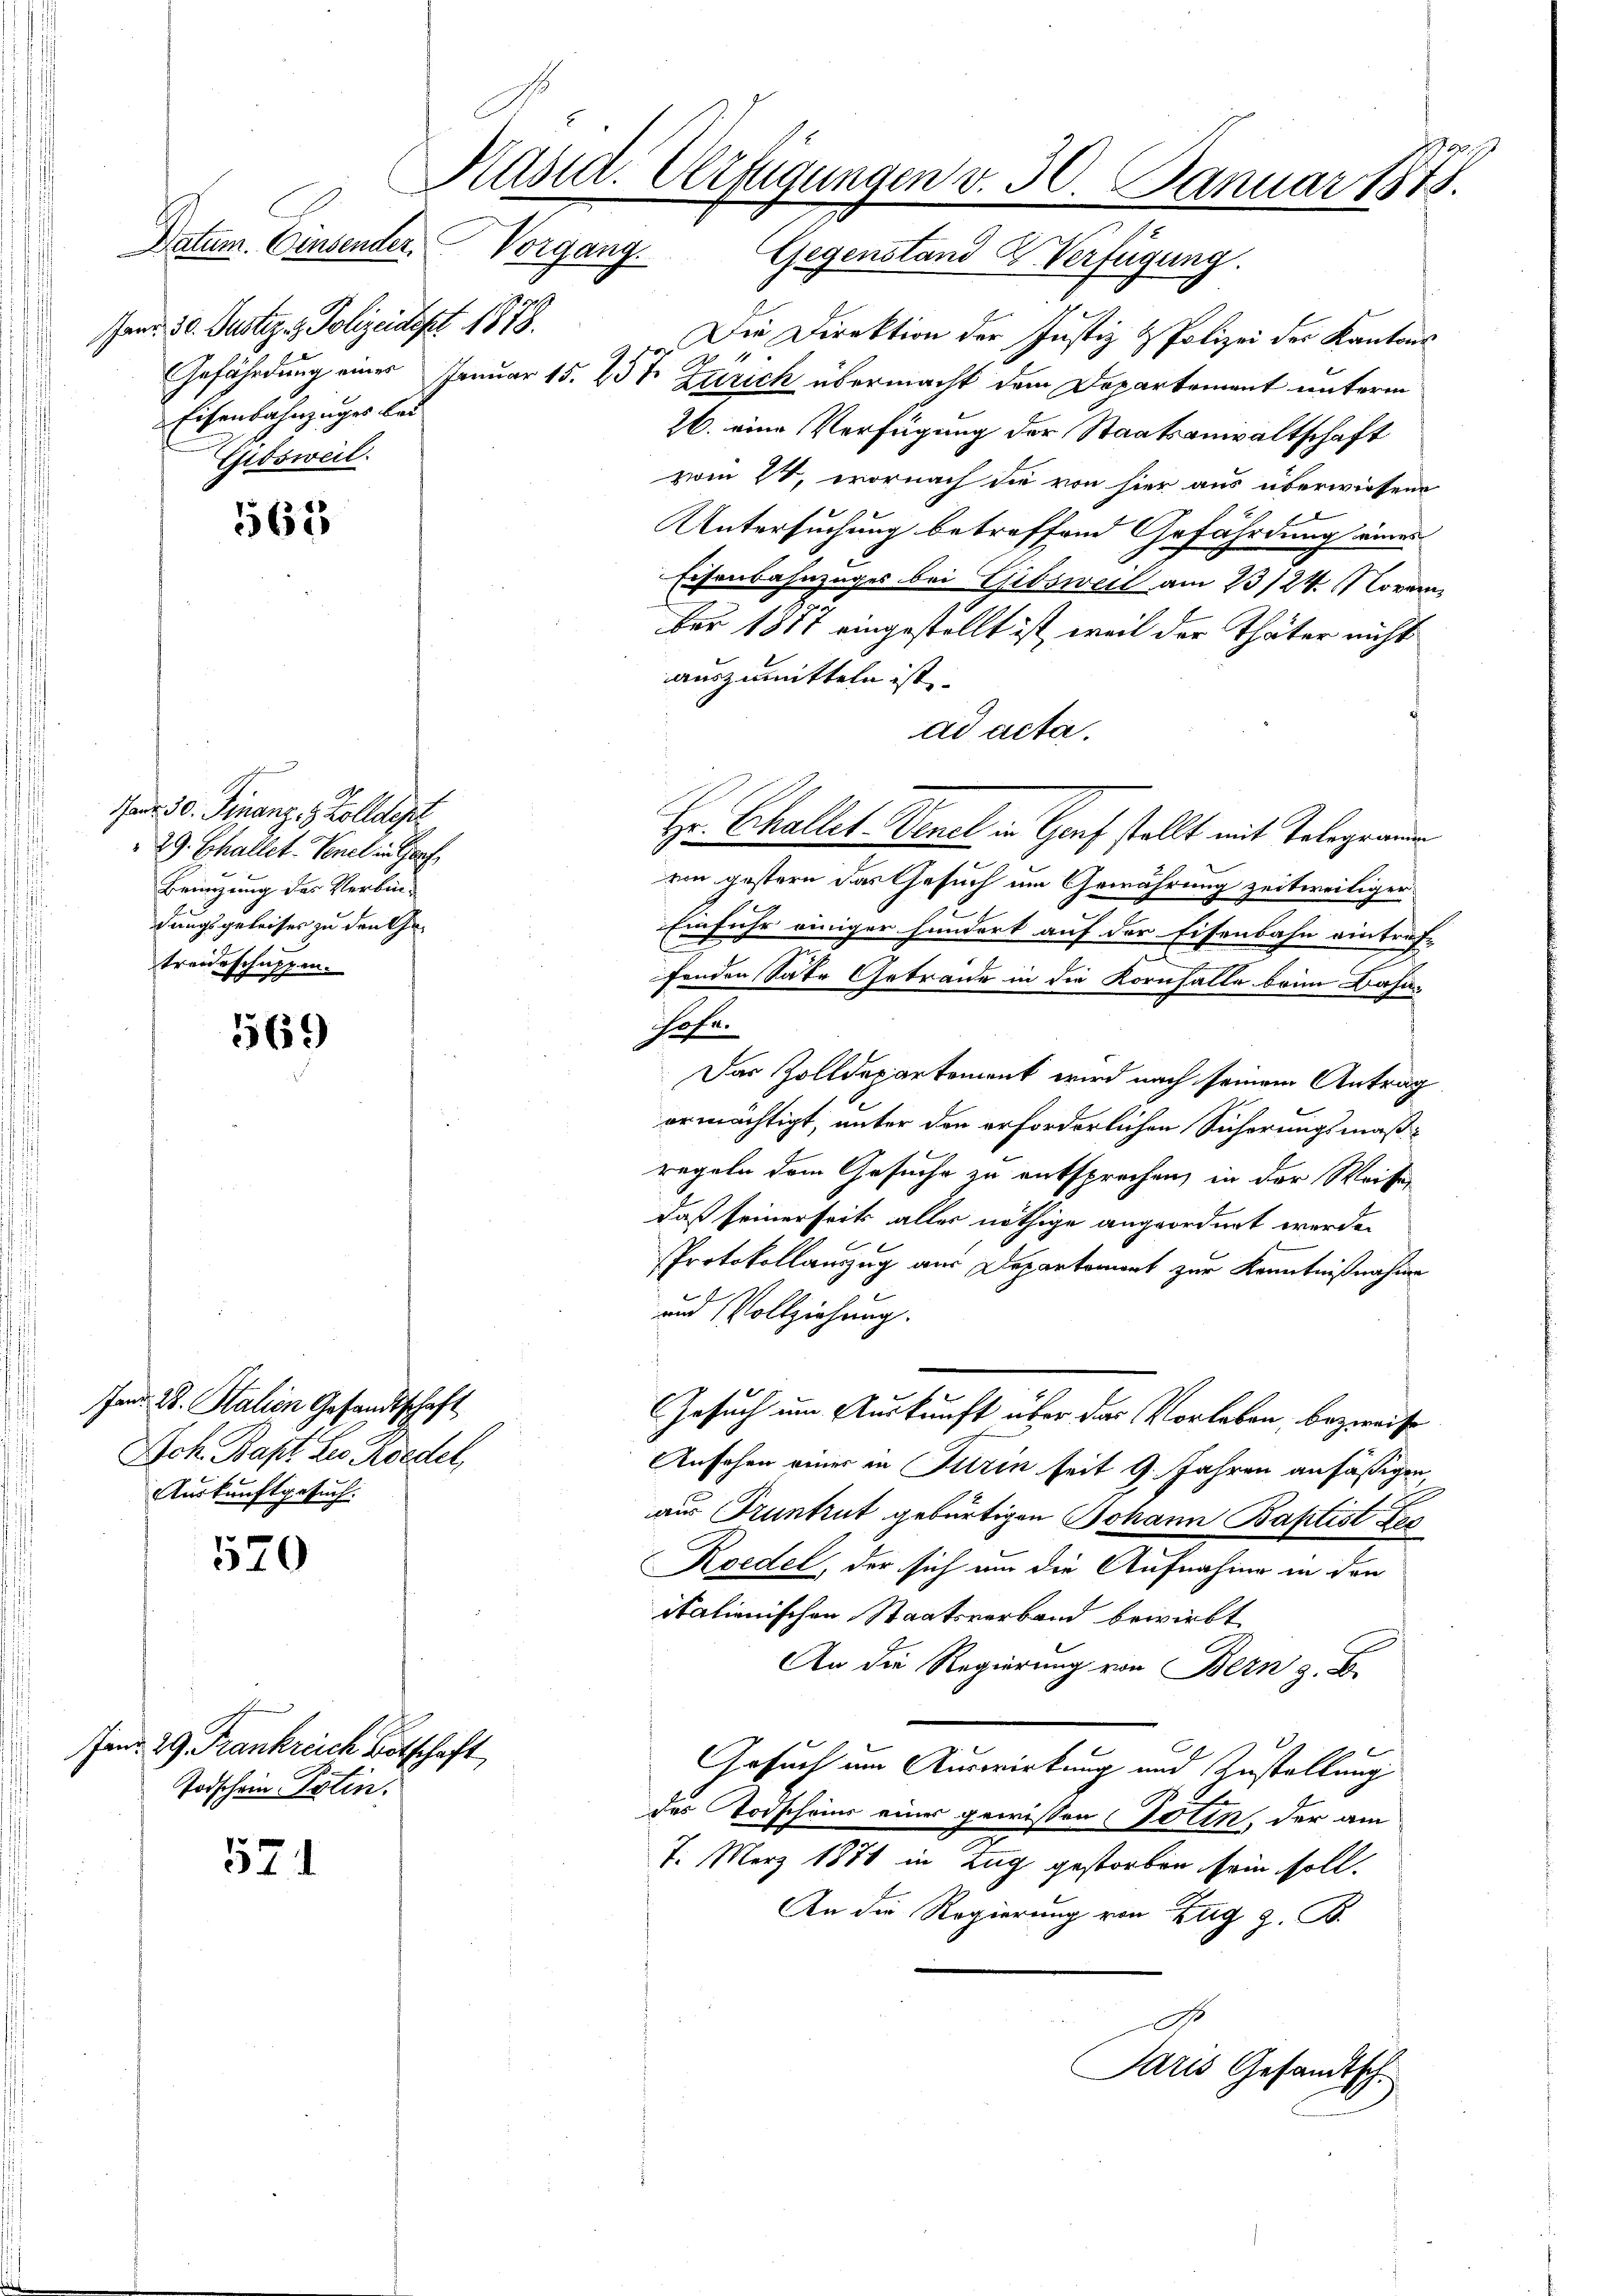
Kusid. Verfügungen v. 30. Januar 1878.
Datum. Einsender Vorgang. Gegenstand u. Verfügung.

u
Janr. 30. Justiz- & Polizeidept 1818.
Eisenbahnzuges bei
Gibsweil.

565

Jad. 30. Finanz, 1 Zolldept
29. Echallet. Venel in Graf
Bemigung des Verbin-
dungsgeleises zu den Getreideschuppen.

569

Jan. W. Salien Gesandtschaft
Ich. Bapt. des Riedel,
Auskunftgesuch:

570

Jenr 29. Frankreich Botschaft
Todschein Potin.

521

Die Direktion der Justiz & Polizei der Kantons
 11
Gefährdung eines Januar 15. 25 t Zürich übermacht dem Departement unterm
26. eine Verfügung der Staatsanwaltschaft
zi 24, wornach die von hier aus überwiesene
Untersuchung betreffend Gefährdung einer
Eisenbahnzuges bei Gibsweil am 23/24. November 1877 eingestellt ist, weil der Thäter nicht
auszumitteln ist
ad acta
von gestern das Gesuch um Gewährung zeitweiliger
Einfuhr einiger hundert auf der Eisenbahn einträf-
fenden Satz Getraide in die Kornfalle beim Bahnihofe.
Das Zolldepartement wird nach seinem Antrag
ermächtigt, unter den erforderlichen Sicherungsmäßregeln dem Gesuche zu entsprechen, in der Weiser
daß seinerseit alles nöthige angeordnet werde.
Protokollauszug aus Departamort zur Kenntnißnahme
und Vollziehung.
Gesuch um Auskunft über das Vorleben bezweife
Ansehen einer in Turin seit 9. Jahren ansäßigen,
aus Truntrut gebürtigen Johann Baptist Fes
Koedel, der sich um die Aufnahme in den
itationischen Staatsverband bewirkt
An die Regierung von Bern z. B.
Gesuch um Auswirkung und Zustellung
des Todschein eines gewissen Toten, der am
7. März 1871 in Zug gestorben sein soll.
An die Regierung von Zug z. B.
D

Hr. Schallet Venel in Genf stellt mit Telegrauen

Paris Gesandtsch